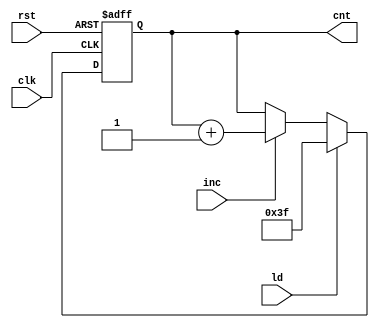
`timescale 1ns/1ns

module counter64(clk, rst, inc, ld, cnt);

    input clk, rst, inc, ld;
    output reg [5:0] cnt;

    always @(posedge clk or posedge rst)
        if (rst)
            cnt <= 0;
        else if (ld)
            cnt <= 6'd63;
        else if (inc)
            cnt <= cnt + 1;

endmodule